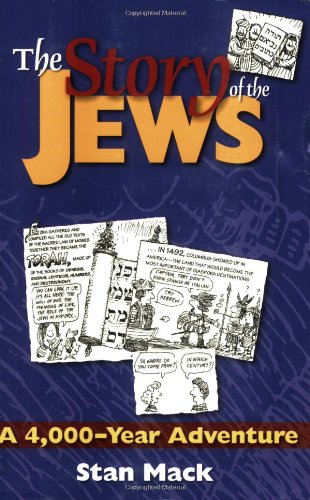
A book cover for The Story of the Jews : A 4,000-Year Adventure; Stan Mack; Religion & Spirituality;